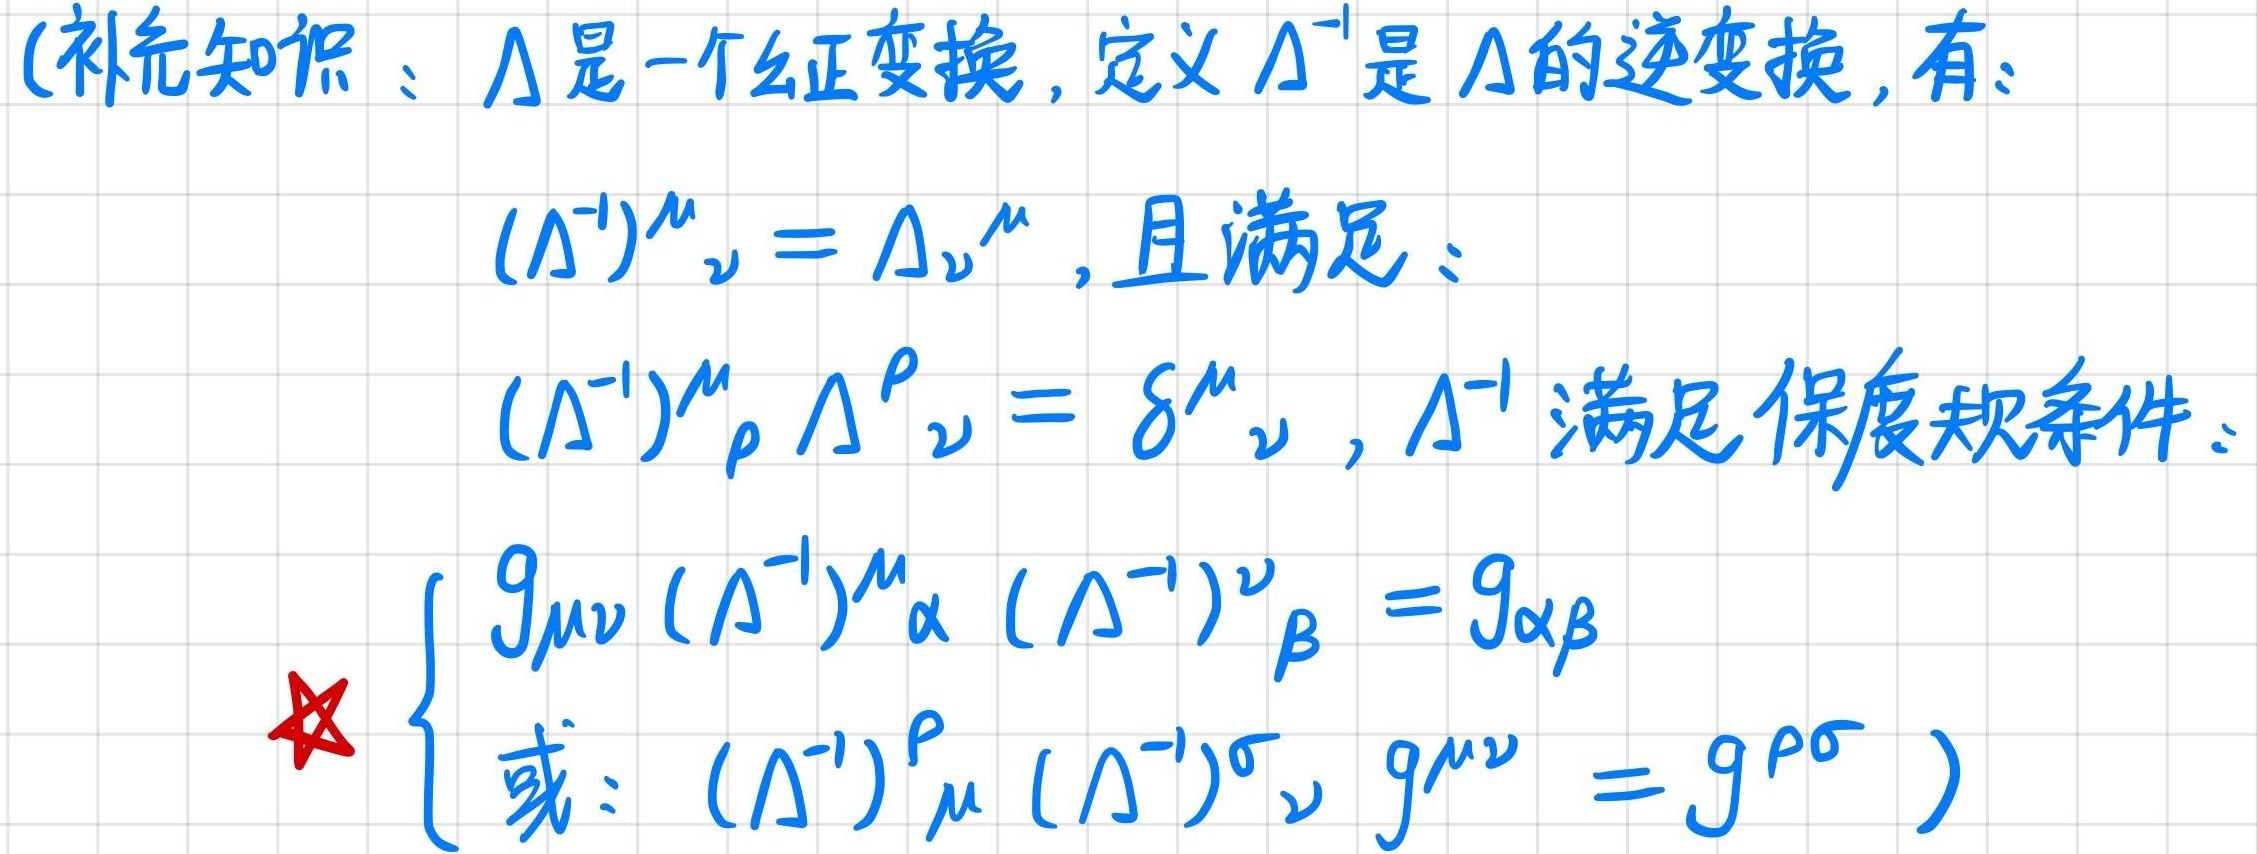
(补充知识：$\Lambda$是一个幺正变换，定义$\Lambda^{-1}$是$\Lambda$的逆变换，有：
\[(\Lambda^{-1})^{\mu}{}_{\nu}=\Lambda_{\nu}{}^{\mu}\]，且满足：
\[(\Lambda^{-1})^{\mu}{}_{\rho}\Lambda^{\rho}{}_{\nu}=\delta^{\mu}{}_{\nu}\]，$\Lambda^{-1}$满足保度规条件：
\[\begin{cases}g_{\mu\nu}(\Lambda^{-1})^{\mu}{}_{\alpha}(\Lambda^{-1})^{\nu}{}_{\beta}=g_{\alpha\beta}\\
\text{或：} (\Lambda^{-1})^{\rho}{}_{\mu}(\Lambda^{-1})^{\sigma}{}_{\nu}g^{\mu\nu}=g^{\rho\sigma}
\end{cases}\]